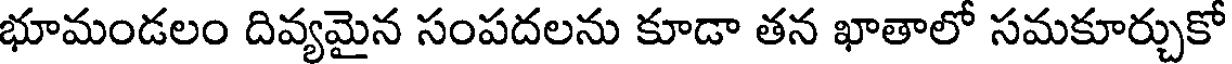
భూమండలం దివ్యమైన సంపదలను కూడా తన ఖాతాలో సమకూర్చుకో